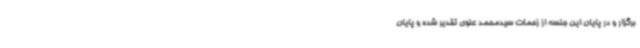
برگزار و در پایان این جلسه از زحمات سیدمحمد علوی تقدیر شده و پایان